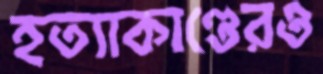
হত্যাকাণ্ডেরও